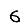
Digit: 6